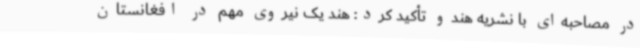
در مصاحبه‌ای با نشریه هندو تأکید کرد: هند یک نیروی مهم در افغانستان